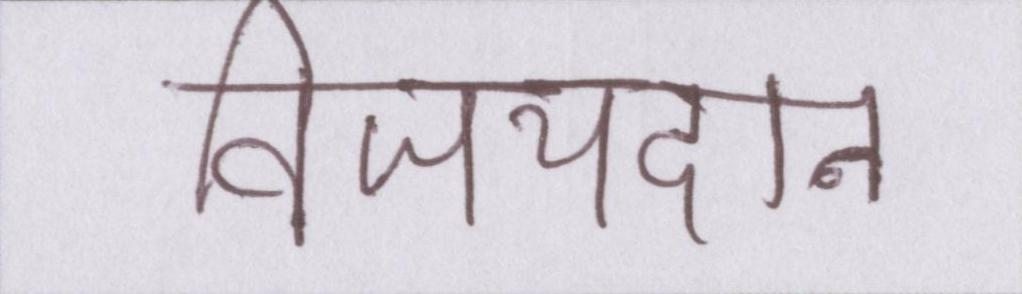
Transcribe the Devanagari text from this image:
विजयदान